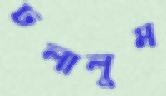
ঢলালুম